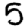
Digit: 5